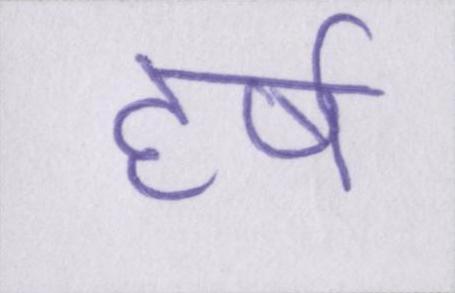
हर्ष